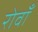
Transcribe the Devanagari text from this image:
रोवाँ